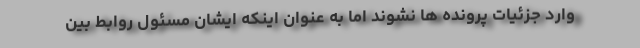
وارد جزئیات پرونده ها نشوند اما به عنوان اینکه ایشان مسئول روابط بین